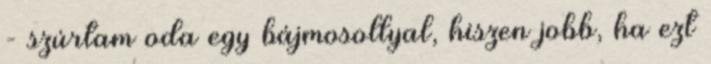
- szúrtam oda egy bájmosollyal, hiszen jobb, ha ezt